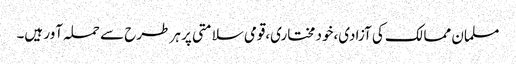
مسلمان ممالک کی آزادی،خود مختاری،قومی سلامتی پر ہر طرح سے حملہ آور ہیں۔